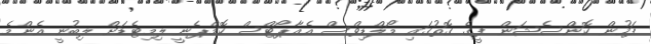
ފަހުން ކޮންސެޝަން ފީގެ ގޮތުގައި މޯލްޑިވްސް އެއާޕޯޓްސް ކޮމްޕެނީ ލިމިޓެޑަށް ލިބުނީ އެންމެ